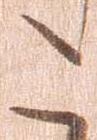
こ